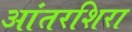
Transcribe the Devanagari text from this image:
आंतरशिरा